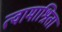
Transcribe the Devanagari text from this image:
त्वामाश्रिता